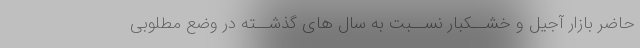
حاضر بازار آجیل و خشــکبار نســبت به سال هاى گذشــته در وضع مطلوبى